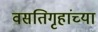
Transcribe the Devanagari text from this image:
वसतिगृहांच्या